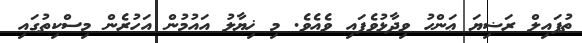
ޠުފައިލް ރަޟިޔަ ޢަންހު ވިދާޅުވެފައި ވެއެވެ. މި ޚިޔާލު އައުމުން އަހުރެން މިސްކިތުގައި